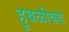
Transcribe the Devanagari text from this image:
हुबळीकडे